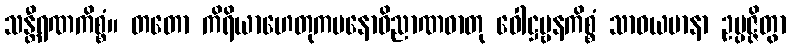
သန္တီရဏကိစ္စံ။ တတော ကိရိယာဟေတုကမနောဝိညာဏဓာတု ဝေါဋ္ဌဗ္ဗနကိစ္စံ သာဓယမာနာ ဥပ္ပဇ္ဇိတွာ